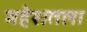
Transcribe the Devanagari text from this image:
महेशतला